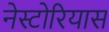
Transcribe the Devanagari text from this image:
नेस्टोरियास